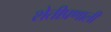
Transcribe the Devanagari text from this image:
शेतीप्रणाली